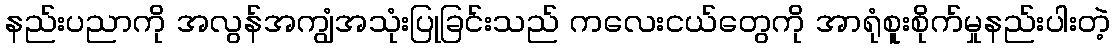
နည်းပညာကို အလွန်အကျွံအသုံးပြုခြင်းသည် ကလေးငယ်တွေကို အာရုံစူးစိုက်မှုနည်းပါးတဲ့